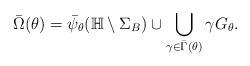
LaTeX: \begin{align*} \bar{\Omega}(\theta)=\bar{\psi}_\theta(\mathbb{H}\setminus\Sigma_B)\cup\bigcup_{\gamma\in\bar{\Gamma}(\theta)} \gamma G_\theta. \end{align*}